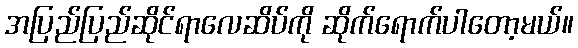
အပြည်ပြည်ဆိုင်ရာလေဆိပ်ကို ဆိုက်ရောက်ပါတော့မယ်။